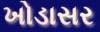
ખોડાસર